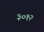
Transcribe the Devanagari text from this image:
३०१२